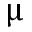
\upmu